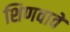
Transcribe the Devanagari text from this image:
शिणवावे